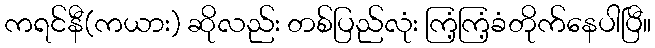
ကရင်နီ(ကယား) ဆိုလည်း တစ်ပြည်လုံး ကြံ့ကြံ့ခံတိုက်နေပါပြီ။